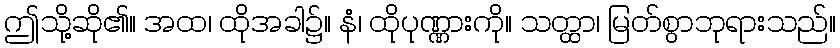
ဤသို့ဆို၏။ အထ၊ ထိုအခါ၌။ နံ၊ ထိုပုဏ္ဏားကို။ သတ္ထာ၊ မြတ်စွာဘုရားသည်။